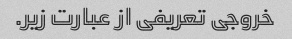
خروجی تعریفی از عبارت زیر.